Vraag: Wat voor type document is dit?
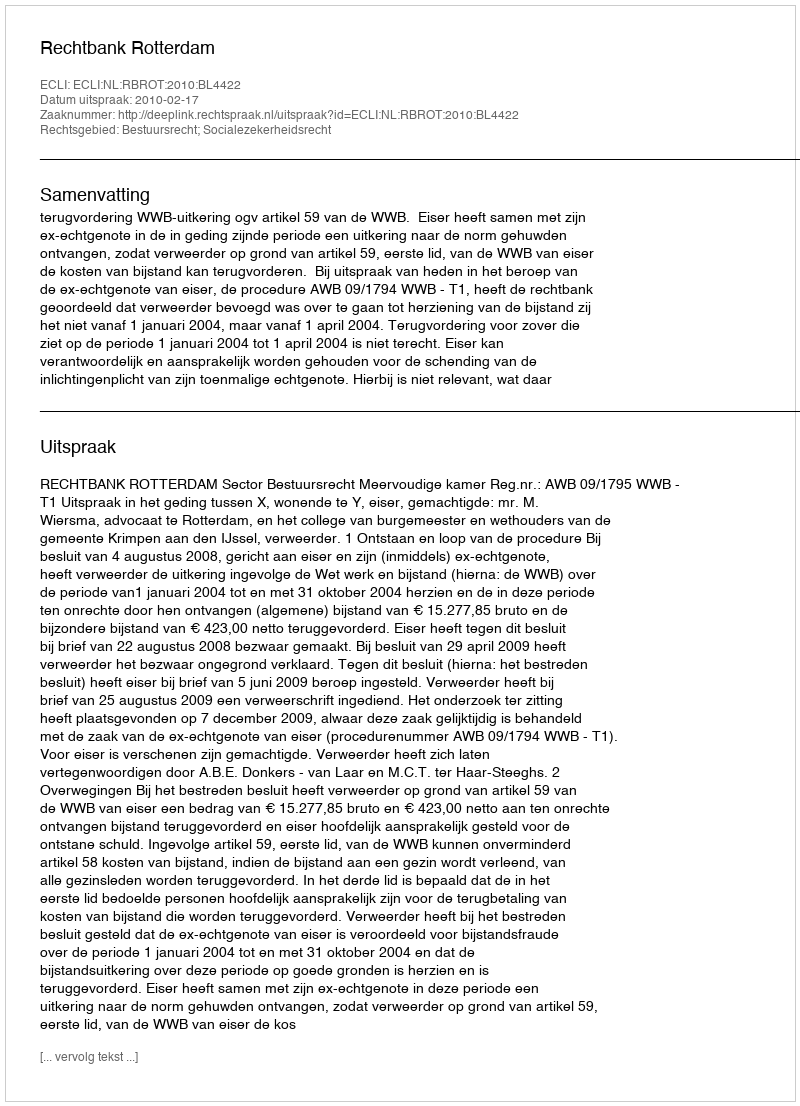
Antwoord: Uitspraak